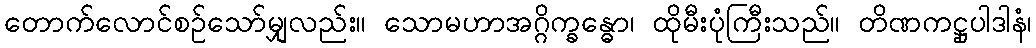
တောက်လောင်စဉ်သော်မျှလည်း။ သောမဟာအဂ္ဂိက္ခန္ဓော၊ ထိုမီးပုံကြီးသည်။ တိဏကဋ္ဌုပါဒါနံ၊